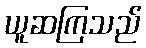
ယူဆကြသည်